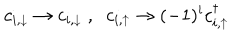
c _ { i , \downarrow } \rightarrow c _ { i , \downarrow } \; , \; \; c _ { i , \uparrow } \rightarrow ( - 1 ) ^ { i } c _ { i , \uparrow } ^ { \dagger }